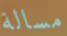
مسالة